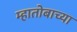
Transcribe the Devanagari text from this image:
म्हातोबाच्या